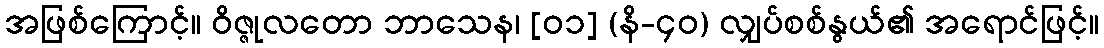
အဖြစ်ကြောင့်။ ဝိဇ္ဇုလတော ဘာသေန၊ [၀၁] (နိ-၄၀) လျှပ်စစ်နွယ်၏ အရောင်ဖြင့်။